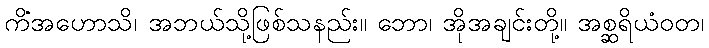
ကိံအဟောသိ၊ အဘယ်သို့ဖြစ်သနည်း။ ဘော၊ အိုအချင်းတို့။ အစ္ဆရိယံဝတ၊